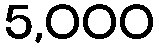
5,000